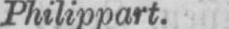
Philippart.